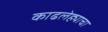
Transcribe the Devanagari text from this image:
काढलेह्याचा